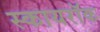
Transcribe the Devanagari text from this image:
स्कायरॉक